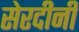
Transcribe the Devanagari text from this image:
सेरदीनी